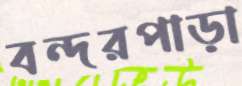
বন্দরপাড়া